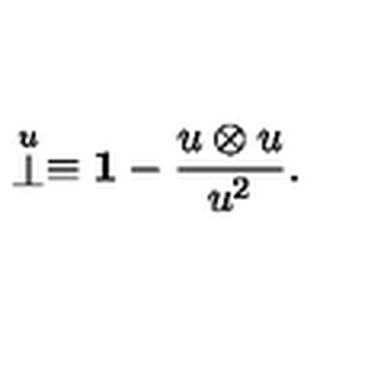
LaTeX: \stackrel { \scriptstyle u } { \bot } \equiv { \bf 1 } - \frac { u \otimes u } { u ^ { 2 } } .